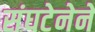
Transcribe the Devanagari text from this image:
संघटेनेने